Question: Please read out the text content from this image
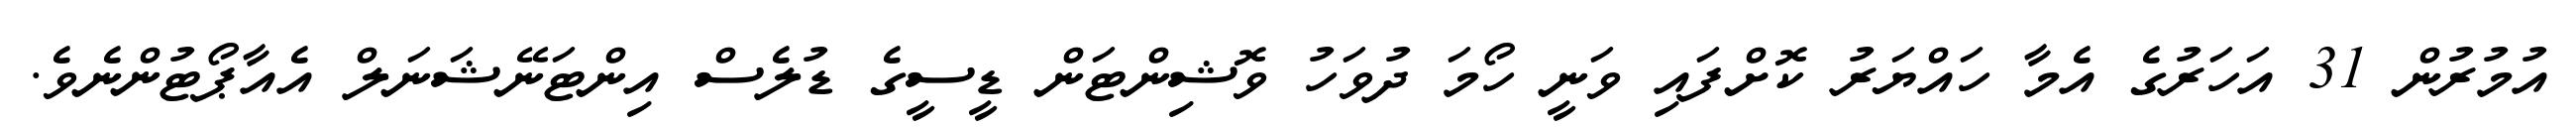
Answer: އުމުރުން 31 އަހަރުގެ އެމާ ހައްޔަރު ކޮށްފައި ވަނީ ހޯމަ ދުވަހު ވޮޝިންޓަން ޑީސީގެ ޑުލެސް އިންޓަނޭޝަނަލް އެއާޕޯޓުންނެވެ.